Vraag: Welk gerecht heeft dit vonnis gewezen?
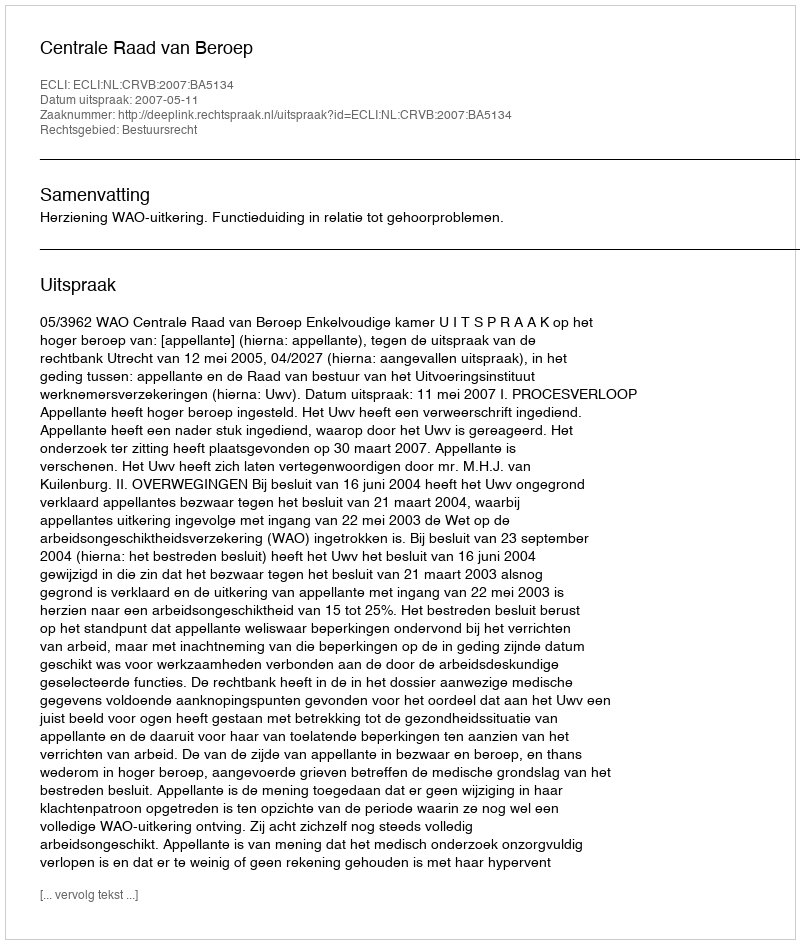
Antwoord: Centrale Raad van Beroep